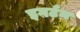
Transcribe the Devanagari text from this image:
इगर्टन